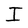
Character: I